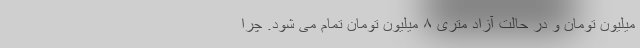
میلیون تومان و در حالت آزاد متری ۸ میلیون تومان تمام می شود. چرا